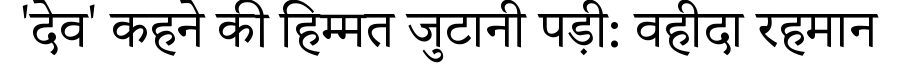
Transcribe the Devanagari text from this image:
'देव' कहने की हिम्मत जुटानी पड़ी: वहीदा रहमान